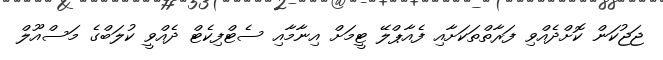
ޖަޖުކަން ކޮށްދެއްވި ފަރާތްތަކަށާއި ފެއާޕްލޭ ޓީމަށް އިނާމާއި ސެޓްފިކެޓް ދެއްވީ ކުލަބްގެ މަސްއޫލް